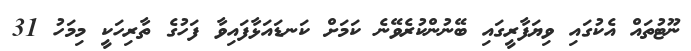
ނޫޓުތައް އެކުގައި ވިޔަފާރީގައި ބޭނުންކުރެވޭނެ ކަމަށް ކަނޑައަޅާފައިވާ ފަހުގެ ތާރިހަކީ މިމަހު 31